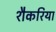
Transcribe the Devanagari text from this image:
शैकरिया